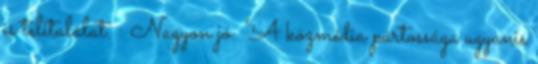
is telitalálat. : Nagyon jó: "A közmédia pártossága ugyanis